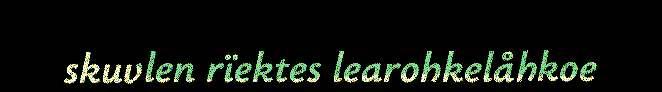
skuvlen rïektes learohkelåhkoe